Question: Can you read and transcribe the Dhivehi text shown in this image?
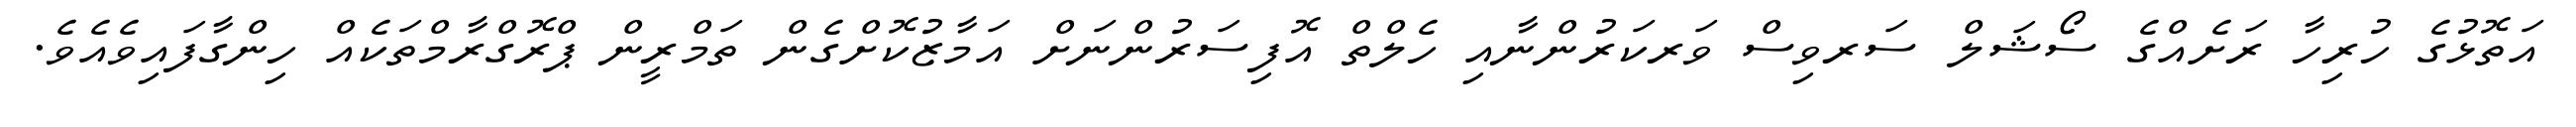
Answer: އަތޮޅުގެ ހުރިހާ ރަށެއްގެ ސޯޝަލް ސަރވިސް ވަރކަރުންނާއި ހެލްތް އޮފިސަރުންނަށް އަމާޒުކޮށްގެން ތަމްރީން ޕްރޮގްރާމްތަކެއް ހިންގާފައިވެއެވެ.